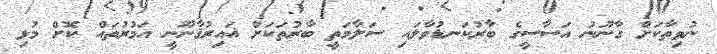
ނުވިތާކަށް ގާނޫނު އަސާސީގެ ބާރުކަނޑުވާލައި ސަލާމަތީ ބާރުތަކަށް ޣައިރުޤާނޫނީ އަމުރުތައް ކޮށް މުޅި